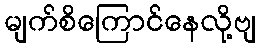
မျက်စိကြောင်နေလို့ဗျ